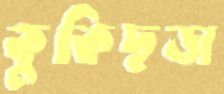
কুকিছড়া